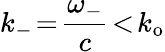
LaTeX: k_{-}\! =\! \frac{\omega_{-}}{c}\! <\! k_{\mathrm{o}}